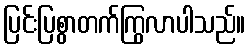
ပြင်းပြစွာတက်ကြွလာပါသည်။